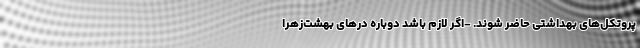
پروتکل‌های بهداشتی حاضر شوند. -اگر لازم باشد دوباره درهای بهشت‌زهرا